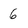
Character: 6